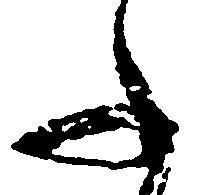
ふ